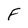
Character: F